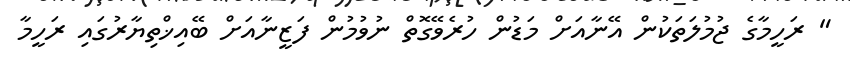
" ރަހީމާގެ ޖުމުލަތަކުން އޭނާއަށް މަޑުން ހުރެވޭގޮތް ނުވުމުން ފަޒީނާއަށް ބޭއިޚްތިޔާރުގައި ރަހީމާ